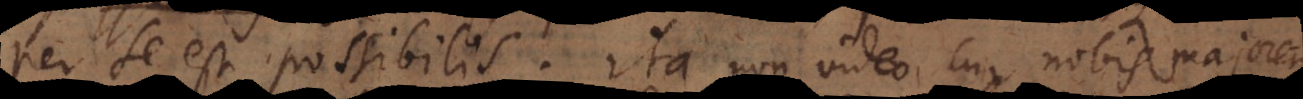
per se est possibilis; ita non video cur nobis majorem